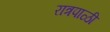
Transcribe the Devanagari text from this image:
रात्रपाळी